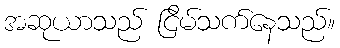
အဆုယာသည် ငြိမ်သက်နေသည်။